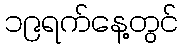
၁၉ရက်နေ့တွင်